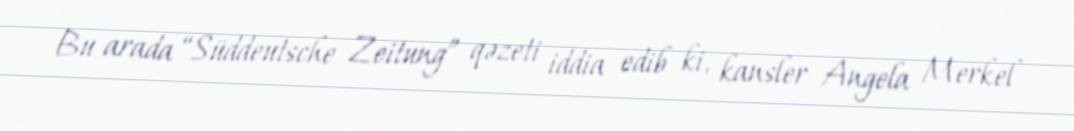
Bu arada “Süddeutsche Zeitung” qəzeti iddia edib ki, kansler Angela Merkel